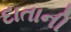
દાતાની